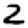
Digit: 2